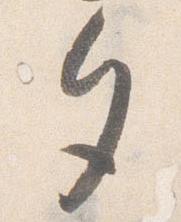
夕